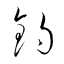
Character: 釣